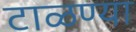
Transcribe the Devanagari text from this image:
टाळण्या